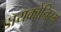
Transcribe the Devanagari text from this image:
डायक्रोनिस्म